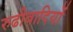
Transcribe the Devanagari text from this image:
रुढीवादियों